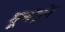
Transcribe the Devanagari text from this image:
घूर्णभृंग